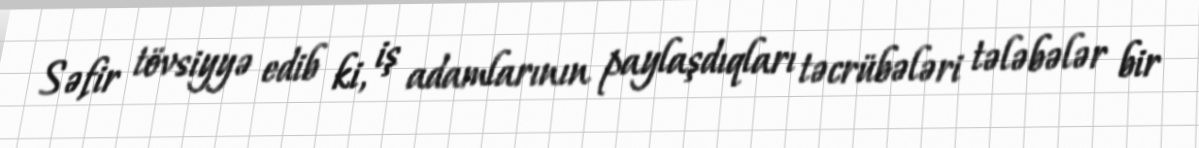
Səfir tövsiyyə edib ki, iş adamlarının paylaşdıqları təcrübələri tələbələr bir